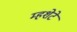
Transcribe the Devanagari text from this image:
म्हशेटे